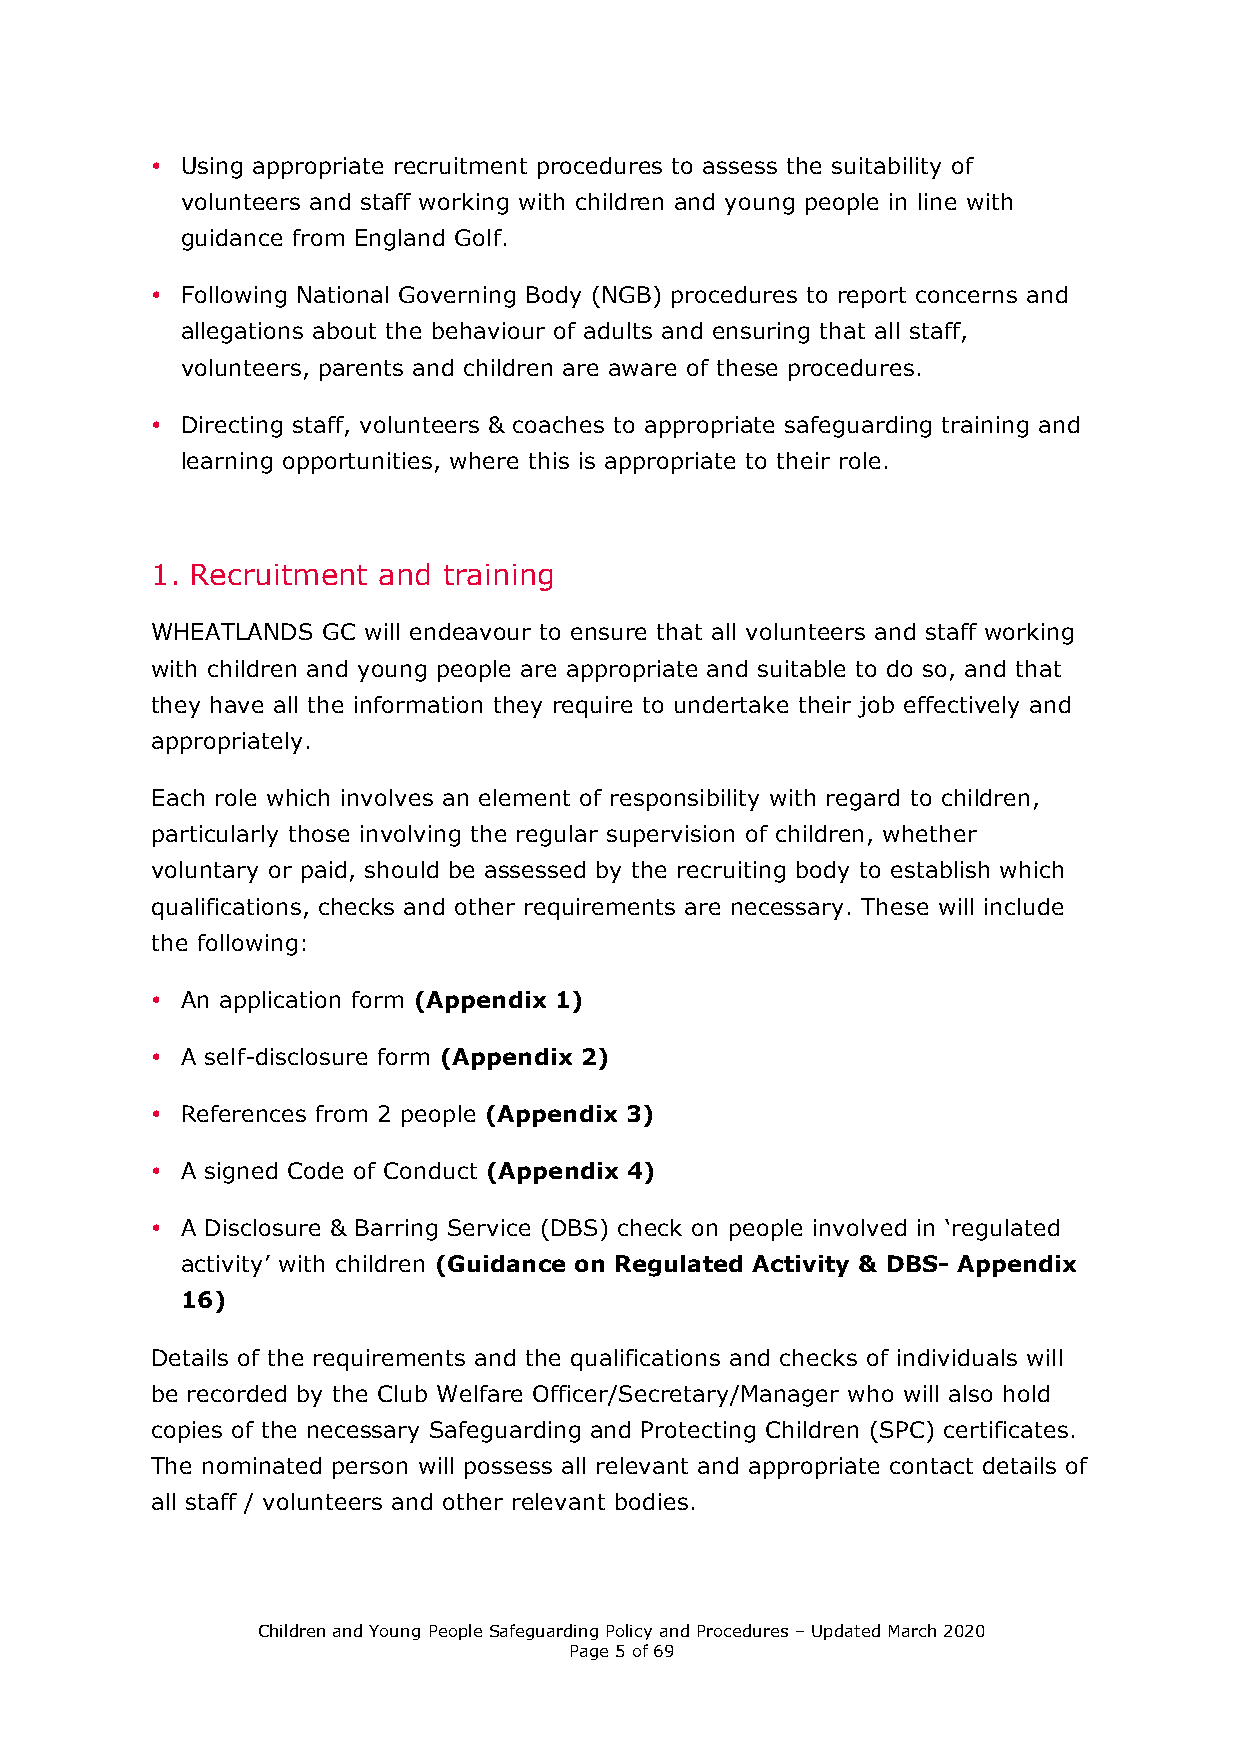
• Using appropriate recruitment procedures to assess the suitability of
 volunteers and staff working with children and young people in line with
 guidance from England Golf.
 • Following National Governing Body (NGB) procedures to report concerns and
 allegations about the behaviour of adults and ensuring that all staff,
 volunteers, parents and children are aware of these procedures.
 • Directing staff, volunteers & coaches to appropriate safeguarding training and
 learning opportunities, where this is appropriate to their role.
 1. Recruitment and training
 WHEATLANDS GC will endeavour to ensure that all volunteers and staff working
 with children and young people are appropriate and suitable to do so, and that
 they have all the information they require to undertake their job effectively and
 appropriately.
 Each role which involves an element of responsibility with regard to children,
 particularly those involving the regular supervision of children, whether
 voluntary or paid, should be assessed by the recruiting body to establish which
 qualifications, checks and other requirements are necessary. These will include
 the following:
 • An application form (Appendix 1)
 • A self-disclosure form (Appendix 2)
 • References from 2 people (Appendix 3)
 • A signed Code of Conduct (Appendix 4)
 • A Disclosure & Barring Service (DBS) check on people involved in ‘regulated
 activity’ with children (Guidance on Regulated Activity & DBS- Appendix
 16)
 Details of the requirements and the qualifications and checks of individuals will
 be recorded by the Club Welfare Officer/Secretary/Manager who will also hold
 copies of the necessary Safeguarding and Protecting Children (SPC) certificates.
 The nominated person will possess all relevant and appropriate contact details of
 all staff / volunteers and other relevant bodies.
 Children and Young People Safeguarding Policy and Procedures – Updated March 2020
 Page 5 of 69